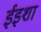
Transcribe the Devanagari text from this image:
ईइशा